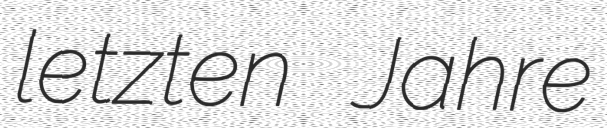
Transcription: letzten Jahre